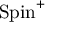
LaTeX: \operatorname { S p i n } ^ { + }